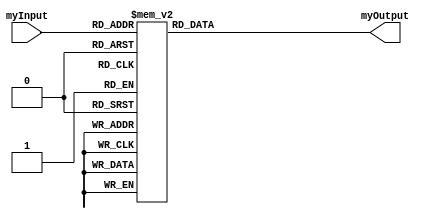
module behave(
    input [3:0] myInput,
    output [6:0] myOutput
    );  
	 reg [6:0] myOutput1;
	always @ (myInput)
	begin
	
	case (myInput)			/*  abcdefg    */
	4'b0000: myOutput1 <= 7'b1111110;
	4'b0001: myOutput1 <= 7'b0110000;
	4'b0010: myOutput1 <= 7'b1101101;
	4'b0011: myOutput1 <= 7'b1111001;
	4'b0100: myOutput1 <= 7'b0110011;
	4'b0101: myOutput1 <= 7'b1011011;
	4'b0110: myOutput1 <= 7'b1011111;
	4'b0111: myOutput1 <= 7'b1110000;
	4'b1000: myOutput1 <= 7'b1111111;
	4'b1001: myOutput1 <= 7'b1111011;
	4'b1010: myOutput1 <= 7'b0001101;
	4'b1011: myOutput1 <= 7'b0011001;
	4'b1100: myOutput1 <= 7'b0100011;
	4'b1101: myOutput1 <= 7'b1001011;
	4'b1110: myOutput1 <= 7'b0001111;
	4'b1111: myOutput1 <= 7'b0000000;
	//default case for none
	default: myOutput1 = 7'b0000000;
	endcase
	end
assign myOutput = myOutput1;	

endmodule